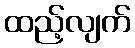
ထည့်လျက်